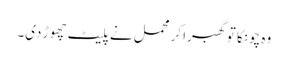
وہ چونکا تو گھبرا کر محمل نے پلیٹ چھوڑ دی۔